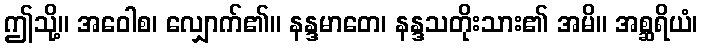
ဤသို့။ အဝေါစ၊ လျှောက်၏။ နန္ဒမာတေ၊ နန္ဒသတိုးသား၏ အမိ။ အစ္ဆရိယံ၊